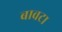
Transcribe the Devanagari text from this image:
बावटा